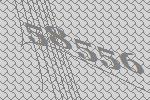
58556